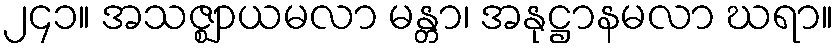
၂၄၁။ အသဇ္ဈာယမလာ မန္တာ၊ အနုဋ္ဌာနမလာ ဃရာ။